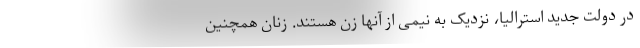
در دولت جدید استرالیا، نزدیک به نیمی از آنها زن هستند. زنان همچنین